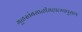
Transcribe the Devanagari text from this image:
मूळस्तंबसाळीमहात्म्यपुराण